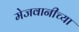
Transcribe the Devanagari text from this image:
मेजवानीच्या